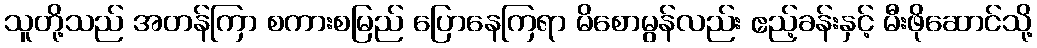
သူတို့သည် အတန်ကြာ စကားစမြည် ပြောနေကြရာ မိစောမွန်လည်း ဧည့်ခန်းနှင့် မီးဖိုဆောင်သို့